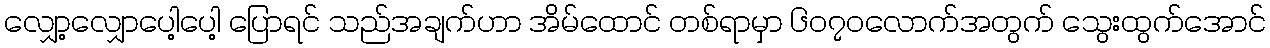
လျှော့လျှောပေါ့ပေါ့ ပြောရင် သည်အချက်ဟာ အိမ်ထောင် တစ်ရာမှာ ၆၀၇၀လောက်အတွက် သွေးထွက်အောင်